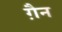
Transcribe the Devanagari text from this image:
ग़ैन